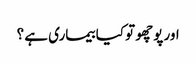
اور پوچھو تو کیا بیماری ہے ؟